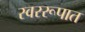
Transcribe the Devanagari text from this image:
स्वररूपात